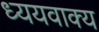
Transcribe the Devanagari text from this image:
ध्ययवाक्य